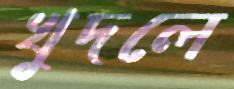
খুদলে